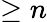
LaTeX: \ge n